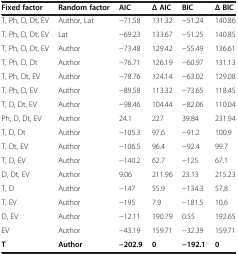
| Fixed factor | Random factor | AIC | Δ AIC | BIC | Δ BIC |
 | --- | --- | --- | --- | --- | --- |
 | T, Ph, D, Dt, EV | Author, Lat | -71.58 | 131.32 | -51.24 | 140.86 |
 | T, Ph, D, Dt, EV | Lat | -69.23 | 133.67 | -51.25 | 140.85 |
 | T, Ph, D, Dt, EV | Author | -73.48 | 129.42 | -55.49 | 136.61 |
 | T, Ph, D, Dt | Author | -76.71 | 126.19 | -60.97 | 131.13 |
 | T, Ph, Dt, EV | Author | -78.76 | 124.14 | -63.02 | 129.08 |
 | T, Ph, D, EV | Author | -89.58 | 113.32 | -73.65 | 118.45 |
 | T, D, Dt, EV | Author | -98.46 | 104.44 | -82.06 | 110.04 |
 | Ph, D, Dt, EV | Author | 24.1 | 227 | 39.84 | 231.94 |
 | T, D, Dt | Author | -105.3 | 97.6 | -91.2 | 100.9 |
 | T, Dt, EV | Author | -106.5 | 96.4 | -92.4 | 99.7 |
 | T, D, EV | Author | -140.2 | 62.7 | -125 | 67.1 |
 | D, Dt, EV | Author | 9.06 | 211.96 | 23.13 | 215.23 |
 | T, D | Author | -147 | 55.9 | -134.3 | 57.8 |
 | T, EV | Author | -195 | 7.9 | -181.5 | 10.6 |
 | D, EV | Author | -12.11 | 190.79 | 0.55 | 192.65 |
 | EV | Author | -43.19 | 159.71 | -32.39 | 159.71 |
 | T | Author | -202.9 | 0 | -192.1 | 0 |